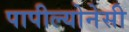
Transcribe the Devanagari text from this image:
पापील्योनेसी